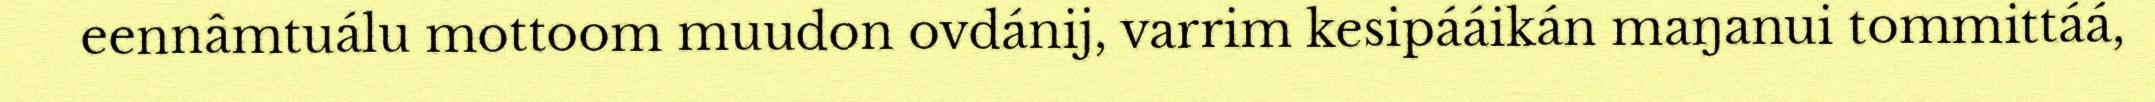
eennâmtuálu mottoom muudon ovdánij, varrim kesipááikán maŋanui tommittáá,